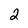
Character: 2